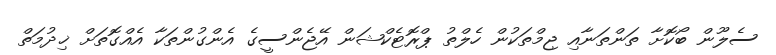
ސެލޫން ބޯކޮށާ ތަންތަނާއި ޖިމްތަކުން ހެލްތު ޕްރޮޓެކްޝަން އޭޖެންސީގެ އެންގުންތަކާ އެއްގޮތަށް ޚިދުމަތް